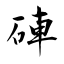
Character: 硨